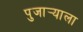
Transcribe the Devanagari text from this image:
पुजार्‍याला